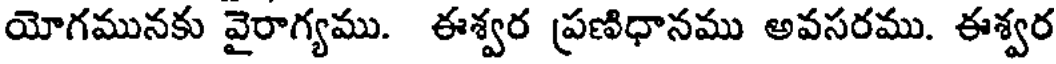
యోగమునకు వైరాగ్యము. ఈశ్వర ప్రణిధానము అవసరము. ఈశ్వర